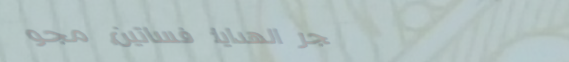
متجر الهدايا: فساتين، مجو